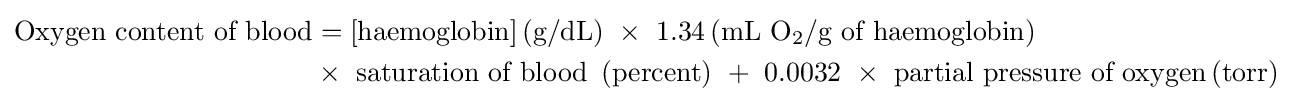
{\begin{aligned}{\text{Oxygen content of blood}}&=\left[{\text{haemoglobin}}\right]\left({\text{g/dL}}\right)\ \times \ 1.34\left({\text{mL}}\ {\mathrm {O} {\vphantom {A}}_{\smash[{t}]{2}}}/{\text{g of haemoglobin}}\right)\\&\times \ {\text{saturation of blood}}\ \left({\text{percent}}\right)\ +\ 0.0032\ \times \ {\text{partial pressure of oxygen}}\left({\text{torr}}\right)\end{aligned}}